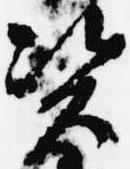
資